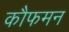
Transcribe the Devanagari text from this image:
कौफमन